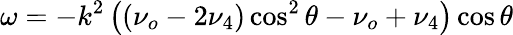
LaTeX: \omega=-k^{2}\left(\left(\nu_{o}-2\nu_{4}\right)\cos^{2}\theta-\nu_{o}+\nu_{4}\right)\cos\theta